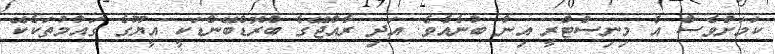
ކަމަށްވެސް އެ މިނިސްޓްރީ އިން ބުނެއެވެ. އަދި ރާއްޖޭގެ ބްރޮޑްބޭންޑަކީ އީޔޫގެ ގައުމުތަކެކޭ